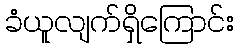
ခံယူလျက်ရှိကြောင်း